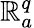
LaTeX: \mathbb{R}_{a}^{q}